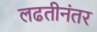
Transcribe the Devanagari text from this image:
लढतीनंतर